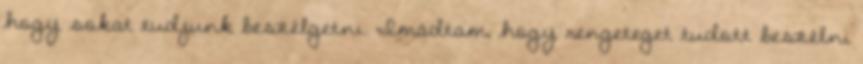
hogy sokat tudjunk beszélgetni. Imádtam, hogy rengeteget tudott beszélni